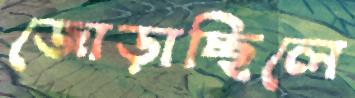
জোড়াচ্ছিলে